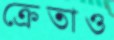
ক্রেতাও